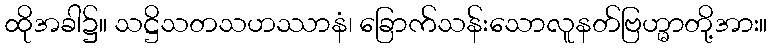
ထိုအခါ၌။ သဋ္ဌိသတသဟဿာနံ၊ ခြောက်သန်းသောလူနတ်ဗြဟ္မာတို့အား။